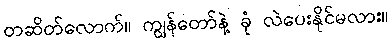
တဆိတ်လောက်။ ကျွန်တော်နဲ့ ခုံ လဲပေးနိုင်မလား။